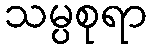
သမ္ပစုရာ